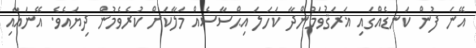
އޭނަ ފުން ކަނޑެއްގައި ޣަރަޤުވަމުންދާ ކަހަލަ އިޙްސާސެއް މަލާކަށް ކުރެވެމުން ދިޔައެވެ. އޭނައާއި